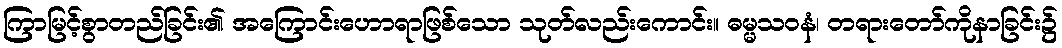
ကြာမြင့်စွာတည်ခြင်း၏ အကြောင်းဟောရာဖြစ်သော သုတ်လည်းကောင်း။ ဓမ္မသဝနံ၊ တရားတော်ကိုနာခြင်း၌